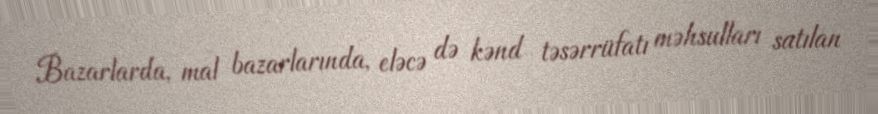
Bazarlarda, mal bazarlarında, eləcə də kənd təsərrüfatı məhsulları satılan